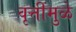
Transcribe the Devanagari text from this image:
वृत्तींमुळे